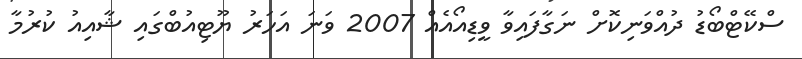
ސްކޭޓްބޯޑު ދުއްވަނިކޮށް ނަގާފައިވާ ވީޑިއޯއެއް 2007 ވަނަ އަހަރު ޔޫޓިއުބްގައި ޝާއިއު ކުރުމާ